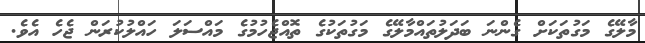
މާލޭގެ މަގުތަކަށް ގެންނަ ބަދަލުތައްމާލޭގެ މަގުތަކުގެ ތޮއްޖެހުމުގެ މައްސަލަ ހައްލުކުރަން ޖެހެ އެވެ.